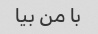
با من بیا